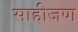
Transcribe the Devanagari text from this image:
साहीजण